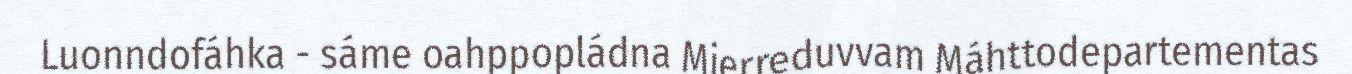
Luonndofáhka - sáme oahppopládna Mierreduvvam Máhttodepartementas